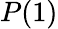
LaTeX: P(1)